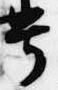
号